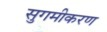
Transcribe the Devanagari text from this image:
सुगमीकरण